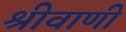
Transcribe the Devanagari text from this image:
श्रीवाणी